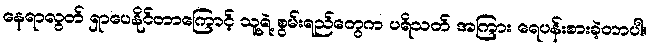
နေရာလွတ် ရှာပေနိုင်တာကြောင့် သူ့ရဲ့ စွမ်းရည်တွေက ပရိသတ် အကြား ရေပန်းစားခဲ့တာပါ။